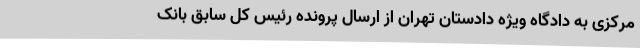
مرکزی به دادگاه ویژه دادستان تهران از ارسال پرونده رئیس کل سابق بانک